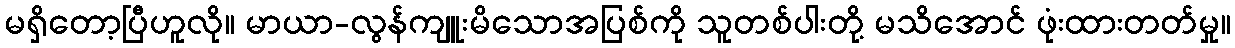
မရှိတော့ပြီဟူလို။ မာယာ-လွန်ကျူးမိသောအပြစ်ကို သူတစ်ပါးတို့ မသိအောင် ဖုံးထားတတ်မှု။